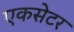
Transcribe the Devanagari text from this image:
एकसेटर